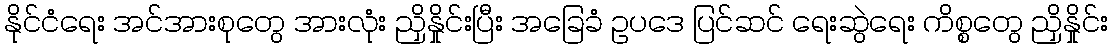
နိုင်ငံရေး အင်အားစုတွေ အားလုံး ညှိနှိုင်းပြီး အခြေခံ ဥပဒေ ပြင်ဆင် ရေးဆွဲရေး ကိစ္စတွေ ညှိနှိုင်း